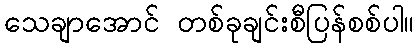
သေချာအောင် တစ်ခုချင်းစီပြန်စစ်ပါ။